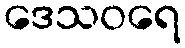
ဒေသဝရေ